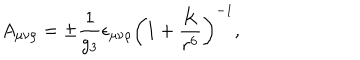
A _ { \mu \nu \rho } = \pm { \frac { 1 } { g _ { 3 } } } \epsilon _ { \mu \nu \rho } \left( 1 + { \frac { K } { r ^ { 6 } } } \right) ^ { - 1 } ,